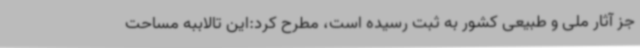
جز آثار ملی و طبیعی کشور به ثبت رسیده است، مطرح کرد:این تالاببه مساحت